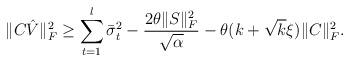
LaTeX: \begin{align*} \begin{aligned}\|C \hat{V}\|_F^2\geq \sum^{l}_{t=1}\bar{\sigma}^2_{t} - \frac{2 \theta \|S \|^2_F}{\sqrt{\alpha}} - \theta(k + \sqrt{k} \xi) \|C\|^2_F. \end{aligned}\end{align*}